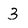
Character: 3